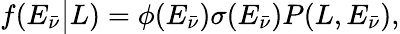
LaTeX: f(E_{\bar{\nu}}\big\vert L)=\phi(E_{\bar{\nu}})\sigma(E_{\bar{\nu}})P(L,E_{\bar{\nu}}),